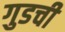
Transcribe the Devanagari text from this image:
गुडची